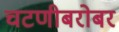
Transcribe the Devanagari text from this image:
चटणीबरोबर